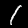
Label: 1